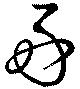
好